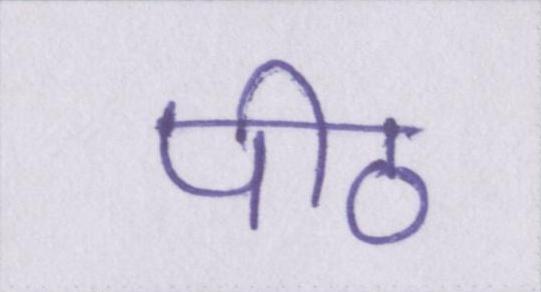
पीठ